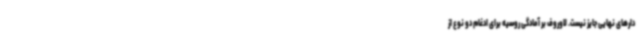
دارهای نهایی جایز نیست. لاوروف بر آمادگی روسیه برای ادغام دو نوع از